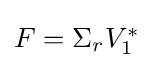
{\textstyle F=\Sigma _{r}V_{1}^{*}}